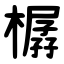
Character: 樼